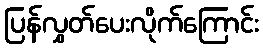
ပြန်လွှတ်ပေးလိုက်ကြောင်း